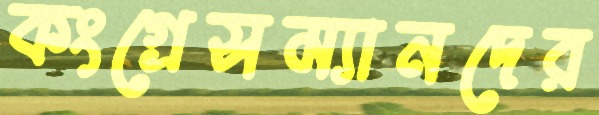
কংগ্রেসম্যানদের